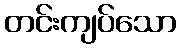
တင်းကျပ်သော